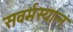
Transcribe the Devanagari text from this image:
सवर्मस्यान्नं